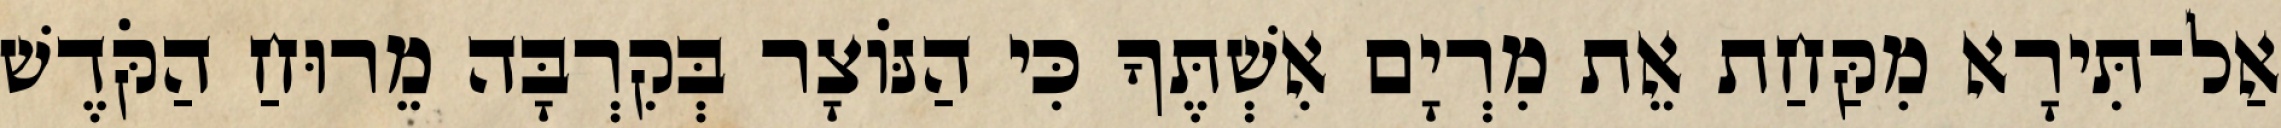
אַל־תִּירָא מִקַּחַת אֵת מִרְיָם אִשְׁתֶּךָ כִּי הַנּוֹצָר בְּקִרְבָּה מֵרוּחַ הַקֹּדֶשׁ